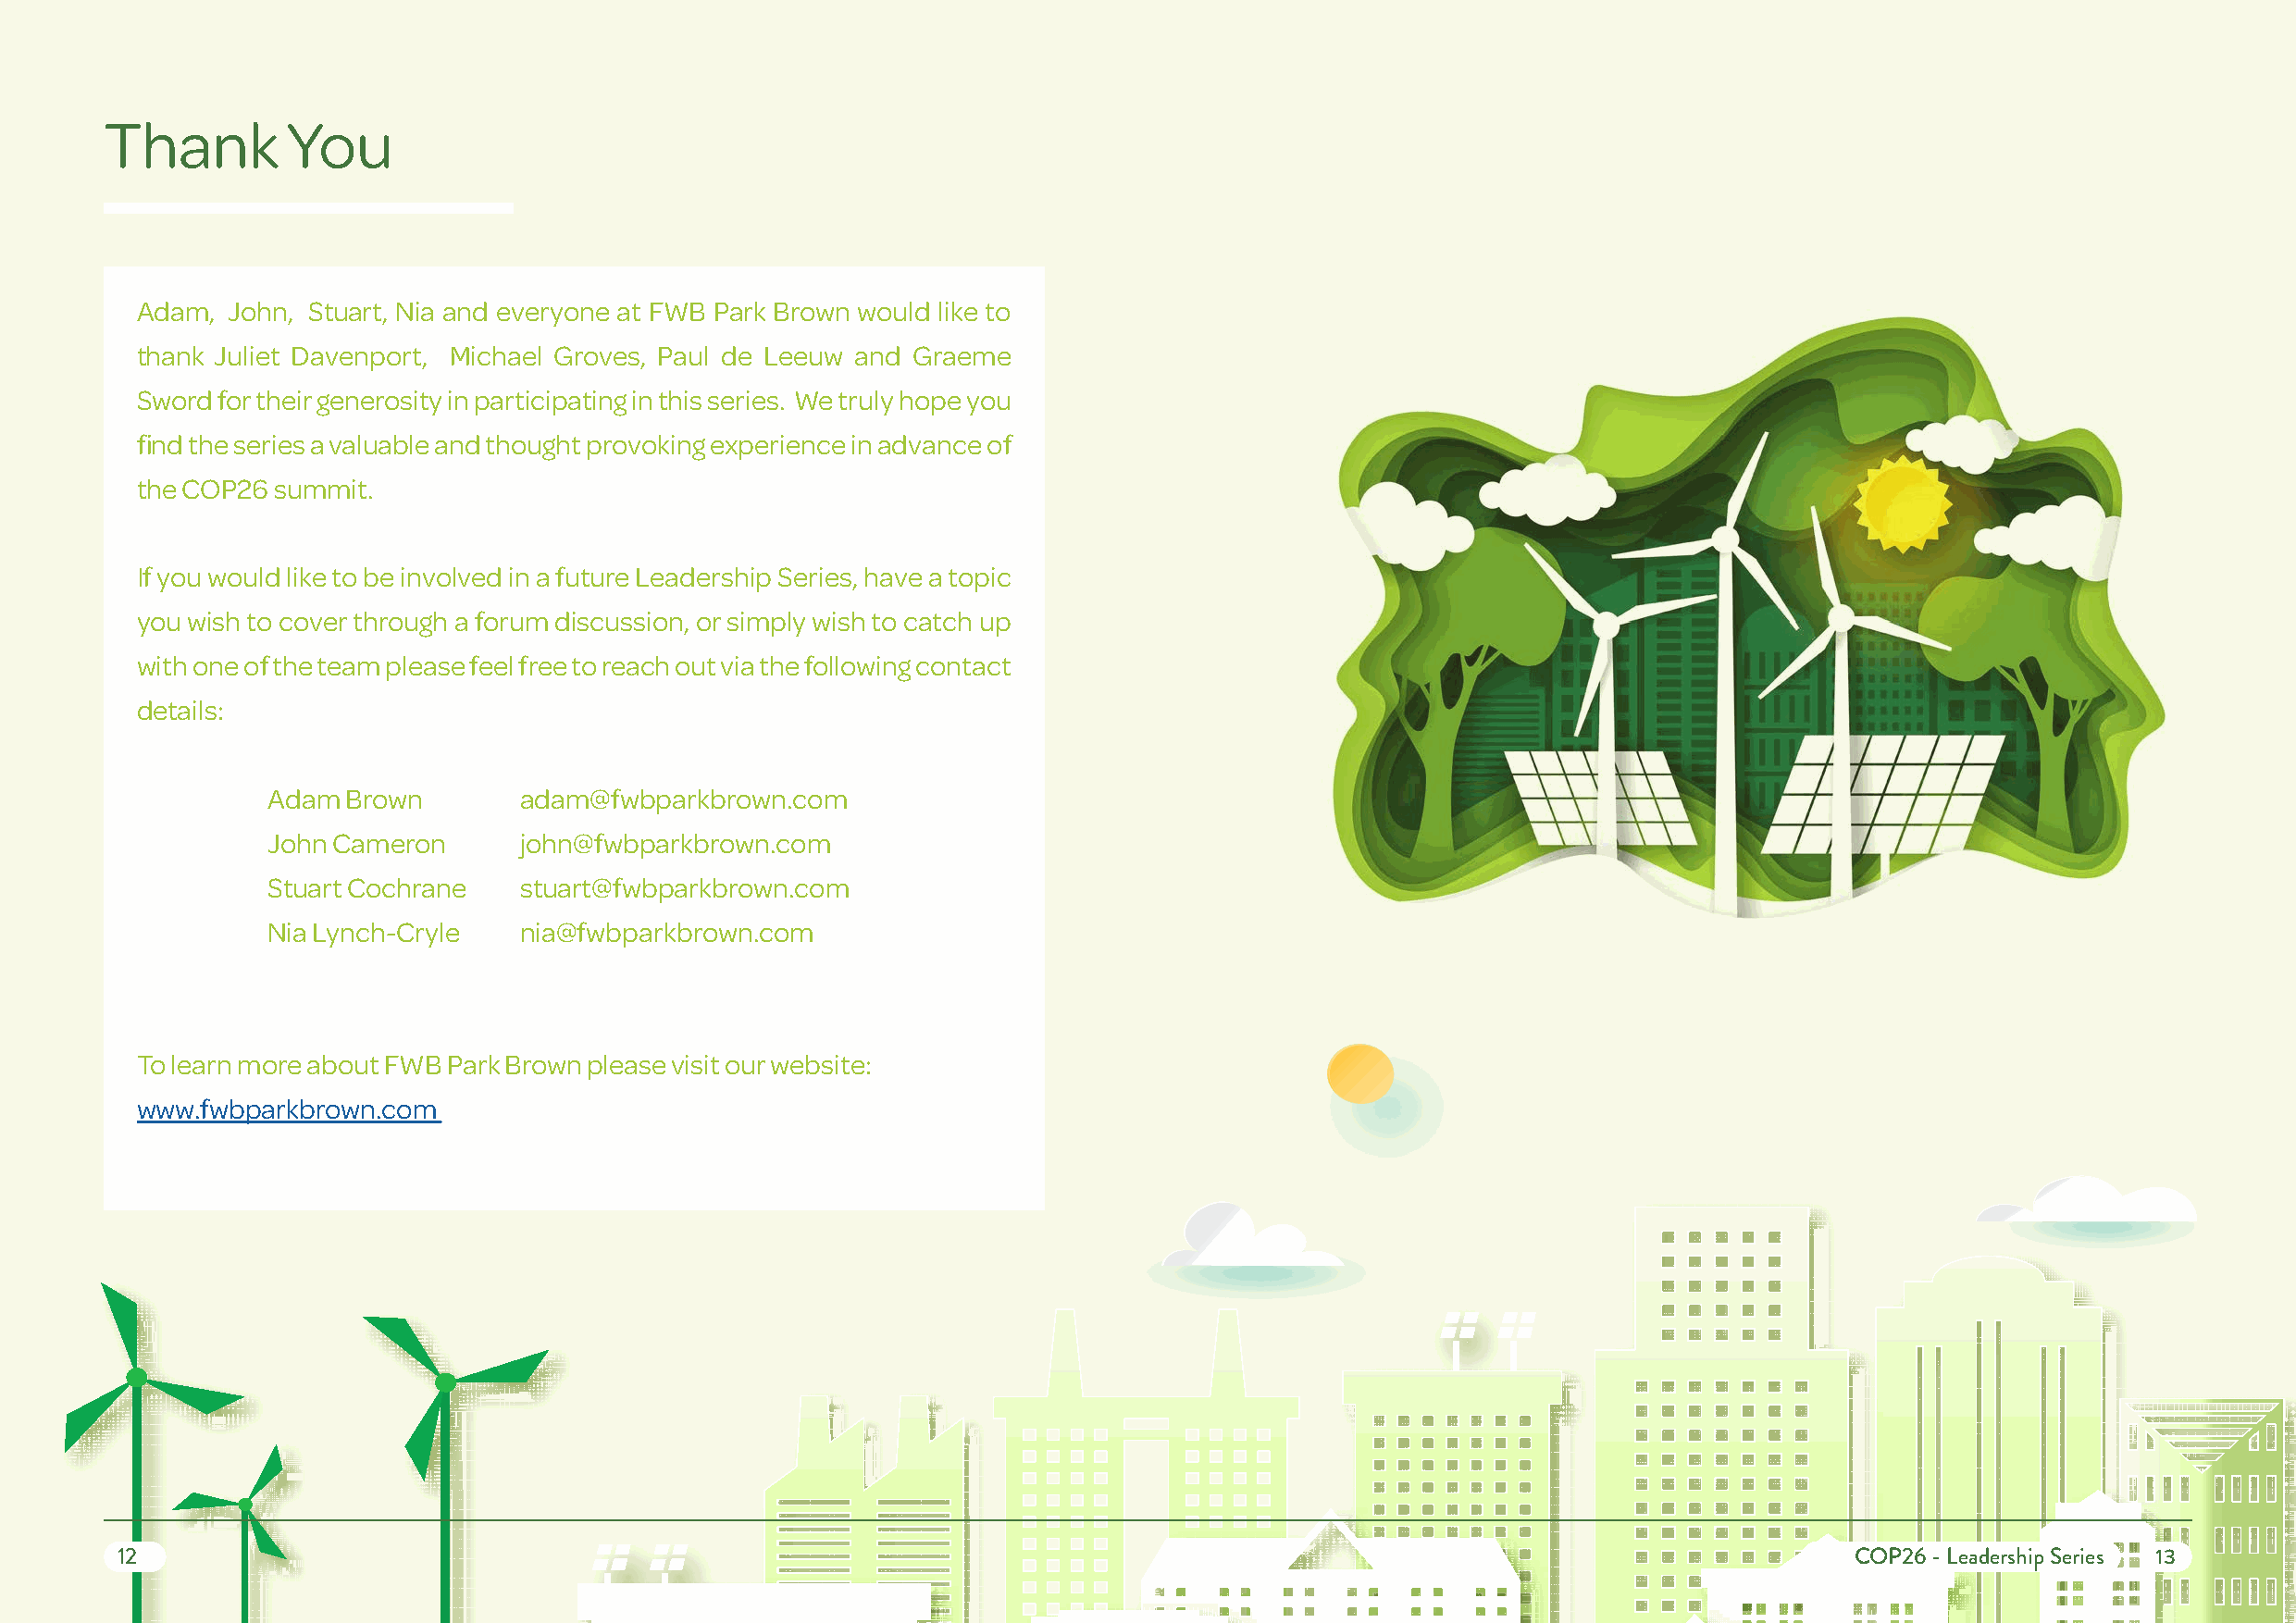
Thank         You
 Adam, John, Stuart, Nia and everyone at FWB Park Brown would like to
 thank Juliet Davenport, Michael Groves, Paul de Leeuw and Graeme
 Sword for their generosity in participating in this series. We truly hope you
 find the series a valuable and thought provoking experience in advance of
 the COP26 summit.
 If you would like to be involved in a future Leadership Series, have a topic
 you wish to cover through a forum discussion, or simply wish to catch up
 with one of the team please feel free to reach out via the following contact
 details:
 Adam  Brown       adam@fwbparkbrown.com
 John Cameron      john@fwbparkbrown.com
 Stuart Cochrane   stuart@fwbparkbrown.com
 Nia Lynch-Cryle   nia@fwbparkbrown.com
 To learn more about FWB Park Brown please visit our website:
 www.fwbparkbrown.com
 12                                                                                                                           COP26 - Leadership Series 13